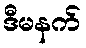
ဒီမနက်